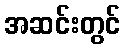
အဆင်းတွင်